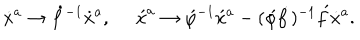
\dot { x } { } ^ { a } \rightarrow \dot { f } { } ^ { - 1 } \dot { x } { } ^ { a } , \, \, \, \, \, \, \, \, \acute { x } ^ { a } \rightarrow \acute { \varphi } { } ^ { - 1 } \acute { x } { } ^ { a } - ( \acute { \varphi } \dot { f } ) { } ^ { - 1 } \acute { f } \dot { x } { } ^ { a } .